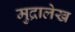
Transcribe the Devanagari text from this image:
मुद्रालेख